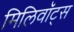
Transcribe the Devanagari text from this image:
मिलिवॉट्स